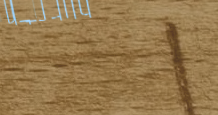
محلات العطور الشرقية   أج